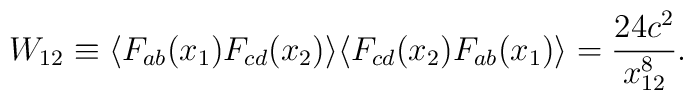
W_{12} \equiv \langle F_{ab}(x_1) F_{cd}(x_2) \rangle\langle F_{cd}(x_2) F_{ab}(x_1) \rangle =\frac{24 c^2}{x_{12}^8}.